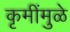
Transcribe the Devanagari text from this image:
कृमींमुळे